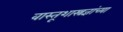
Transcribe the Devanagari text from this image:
वास्तूशास्त्रज्ञांच्या